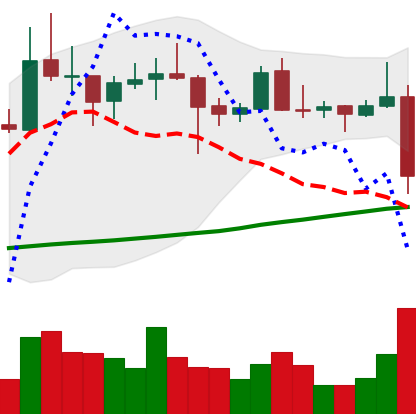
Ticker: XRP-USD
Chart end date: 2021-10-27
Forward return: 9.786%
Label: up_7plus